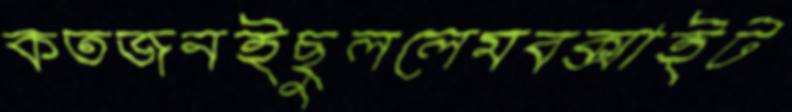
কতজনইছুললেমবক্সাইট